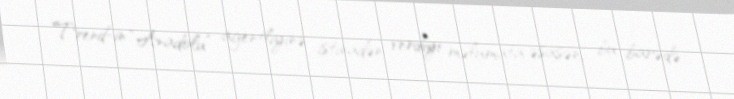
Trend-in “Anadolu” agentliyinə istinadən verdiyi məlumata əsasən, bu barədə